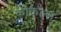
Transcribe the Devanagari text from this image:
कोकल्स